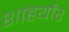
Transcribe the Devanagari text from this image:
शाहर्यार